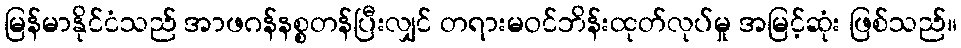
မြန်မာနိုင်ငံသည် အာဖဂန်နစ္စတန်ပြီးလျှင် တရားမဝင်ဘိန်းထုတ်လုပ်မှု အမြင့်ဆုံး ဖြစ်သည်။